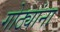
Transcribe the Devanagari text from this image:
गोठ्यांना